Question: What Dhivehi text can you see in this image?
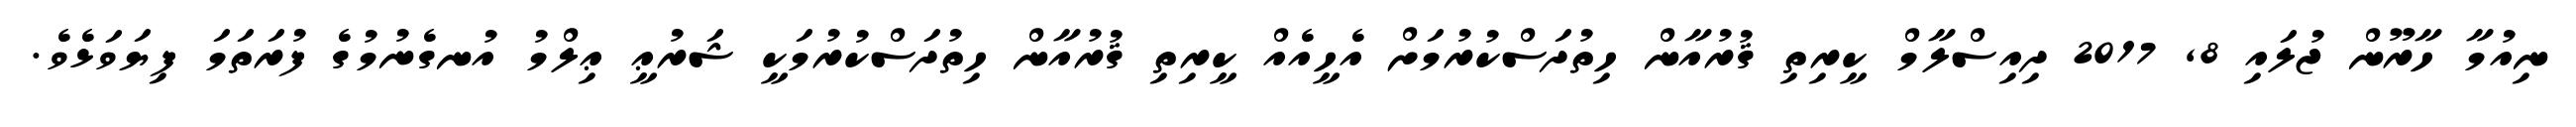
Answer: ނިއުމާ ހާރޫން ޖުލައި 8, 2017 ދިއިސްލާމް ކީރިތި ޤުރުއާން ހިތުދަސްކުރުމަށް އެހީއެއް ކީރިތި ޤުރުއާން ހިތުދަސްކުރުމަކީ ޝަރުޢީ ޢިލްމު އުނގެނުމުގެ ފުރަތަމަ ފިޔަވަޅެވެ.